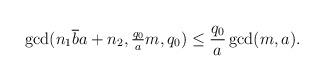
LaTeX: \begin{align*}\gcd(n_1\overline{b} a+n_2, \tfrac{q_0}{a} m, q_0)\leq \frac{q_0}{a}\gcd(m, a).\end{align*}